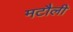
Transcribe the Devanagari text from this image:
मटौली